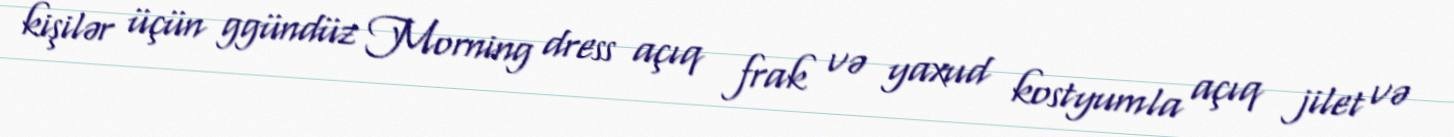
kişilər üçün ggündüz Morning dress açıq frak və yaxud kostyumla açıq jilet və